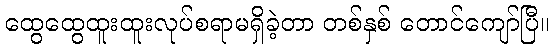
ထွေထွေထူးထူးလုပ်စရာမရှိခဲ့တာ တစ်နှစ် တောင်ကျော်ပြီ။